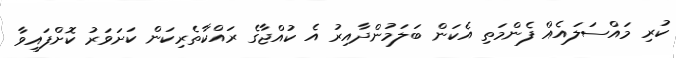
ކުރި މައްސަލައެއް ފެންމަތި އެކަން ބަލަމުންދާއިރު އެ ކުއްޖާގެ ރައްކާތެރިކަން ކަށަވަރު ކޮށްފައިވާ